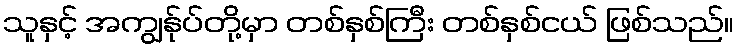
သူနှင့် အကျွန်ုပ်တို့မှာ တစ်နှစ်ကြီး တစ်နှစ်ငယ် ဖြစ်သည်။